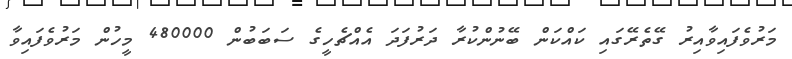
މަރުވެފައިވާއިރު ގޭތެރޭގައި ކައްކަން ބޭނުންކުރާ ދަރުފަދަ އެއްޗެހީގެ ސަބަބުން 480000 މީހުން މަރުވެފައިވާ